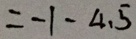
= - 1 - 4 . 5